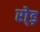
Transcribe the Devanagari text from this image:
रो्ड़